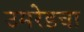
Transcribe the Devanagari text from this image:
उमरेडचा